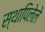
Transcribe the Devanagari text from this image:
स्थापिलेले